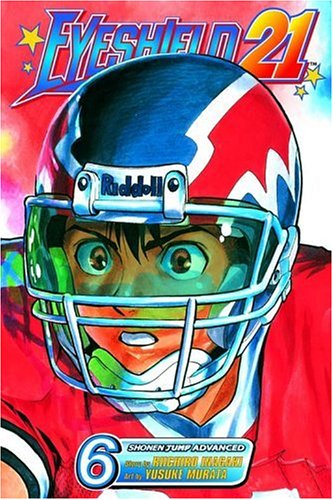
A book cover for Eyeshield 21, Vol. 6; Riichiro Inagaki; Comics & Graphic Novels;